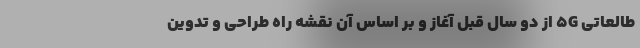
طالعاتی ۵G از دو سال قبل آغاز و بر اساس آن نقشه راه طراحی و تدوین